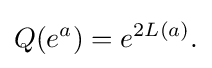
\displaystyle {Q(e^{a})=e^{2L(a)}.}